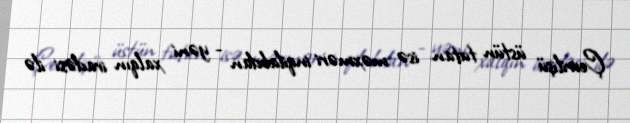
Çevrilişü üstün tutan isə məxməri inqilabdan - yəni xalqın iradəsi ilə